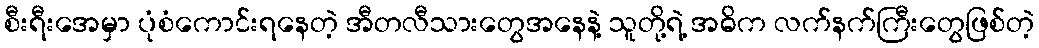
စီးရီးအေမှာ ပုံစံကောင်းရနေတဲ့ အီတလီသားတွေအနေနဲ့ သူတို့ရဲ့ အဓိက လက်နက်ကြီးတွေဖြစ်တဲ့